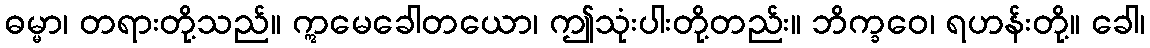
ဓမ္မာ၊ တရားတို့သည်။ ဣမေခေါတယော၊ ဤသုံးပါးတို့တည်း။ ဘိက္ခဝေ၊ ရဟန်းတို့။ ခေါ၊